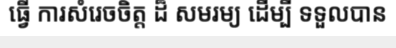
ធ្វើ ការសំរេចចិត្ត ដ៏ សមរម្យ ដើម្បី ទទួលបាន